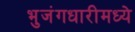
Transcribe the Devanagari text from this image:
भुजंगधारीमध्ये